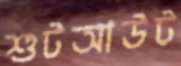
শুটআউট